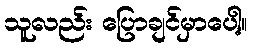
သူလည်း ပြောချင်မှာပေါ့။